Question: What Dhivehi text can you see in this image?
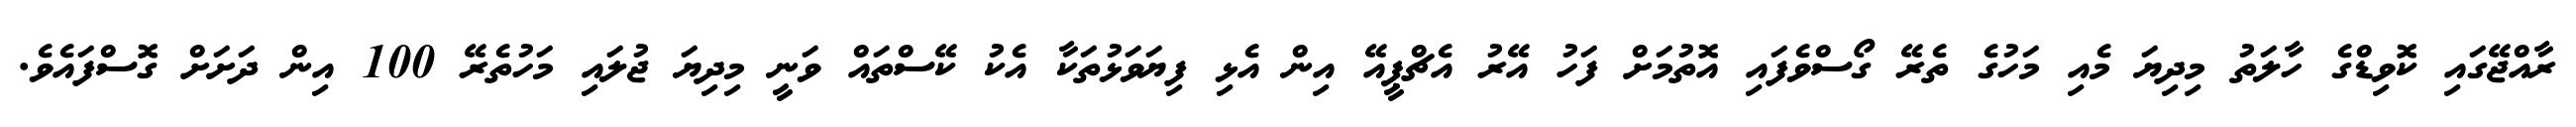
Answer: ރާއްޖޭގައި ކޮވިޑްގެ ހާލަތު މިދިޔަ މެއި މަހުގެ ތެރޭ ގޯސްވެފައި އޮތުމަށް ފަހު އޭރު އެޗްޕީއޭ އިން އެޅި ފިޔަވަޅުތަކާ އެކު ކޭސްތައް ވަނީ މިދިޔަ ޖުލައި މަހުތެރޭ 100 އިން ދަށަށް ގޮސްފައެވެ.